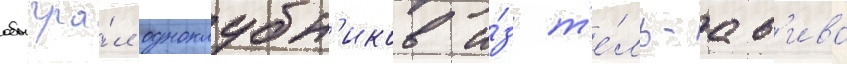
обыгра́л одноклубн'иков и́з т'е́ль-ав'ива